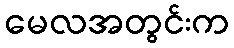
မေလအတွင်းက